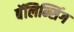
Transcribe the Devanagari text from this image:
बॅलिन्सिंग